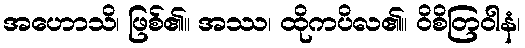
အဟောသိ၊ ဖြစ်၏။ အဿ၊ ထိုကပိလ၏။ ဝိစိတြဝါနံ၊